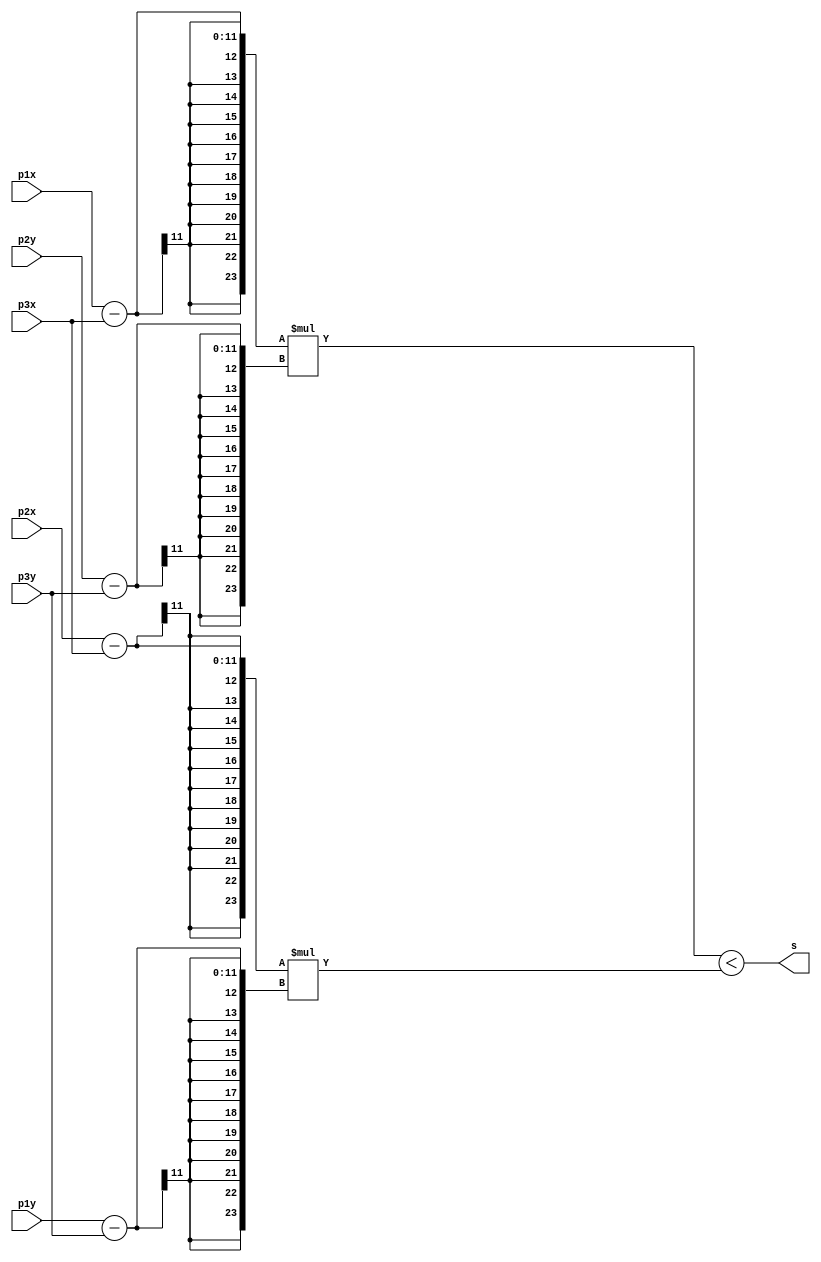
module sign(
	input [10:0] p1x,
	input [10:0] p1y,
	input [10:0] p2x,
	input [10:0] p2y,
	input [10:0] p3x,
	input [10:0] p3y,
	output s
);

	wire signed [23:0] mult1;
	wire signed [23:0] mult2;

	assign mult1 = (p1x - p3x) * (p2y - p3y);
	assign mult2 = (p2x - p3x) * (p1y - p3y);

	assign s = mult1 < mult2;

endmodule


module dentroTriang(
	input [10:0] ptx,
	input [10:0] pty,
	input [10:0] p1x,
	input [10:0] p1y,
	input [10:0] p2x,
	input [10:0] p2y,
	input [10:0] p3x,
	input [10:0] p3y,
	output s
);

	wire teste1, teste2, teste3;

	sign T1(ptx, pty, p1x, p1y, p2x, p2y, teste1);
	sign T2(ptx, pty, p2x, p2y, p3x, p3y, teste2);
	sign T3(ptx, pty, p3x, p3y, p1x, p1y, teste3);

	assign s = teste1 == teste2 & teste2 == teste3;

endmodule


module romTriang(
	input [3:0] endereco,
	output [65:0] triangulo,
	output [3:0] qtde
);

reg [65:0] info;
assign triangulo = info;

assign qtde = 4'd2;

always @(endereco) begin
	case (endereco)
		4'd0: info <= {11'd10, 11'd10, 11'd200, 11'd100, 11'd300, 11'd300};
		4'd1: info <= {11'd800, 11'd600, 11'd800, 11'd300, 11'd400, 11'd600};
		default: info <= 65'bZ;
	endcase
end

endmodule


module verPonto(
	input clk,
	input [10:0] x,
	input [10:0] y,
	output pronto,
//	output valido,
	output cor
);

reg p;
// reg v;
reg c;

wire [10:0] p1x;
wire [10:0] p1y;
wire [10:0] p2x;
wire [10:0] p2y;
wire [10:0] p3x;
wire [10:0] p3y;
wire s;

wire [3:0] qtde;
wire [65:0] triangulo;
reg [3:0] endereco;

assign pronto = p;
// assign valido = v;
assign cor = c;

assign p1x = triangulo[10:0];
assign p1y = triangulo[21:11];
assign p2x = triangulo[32:22];
assign p2y = triangulo[43:33];
assign p3x = triangulo[54:44];
assign p3y = triangulo[65:55];

initial begin
	p <= 1'b0; // pronto
	// v <= 1'b0; // valido
	c <= 1'b0; // cor
	endereco <= 4'd0;
end

romTriang MEM0(endereco, triangulo, qtde);
dentroTriang DT0(x, y, p1x, p1y, p2x, p2y, p3x, p3y, s);

always @(x or y) begin
	p <= 1'b0; // pronto
	// v <= 1'b0; // valido
	c <= 1'b0; // cor
	endereco <= 4'd0;
end

always @(posedge clk) begin
	if (endereco < qtde && c == 1'b0) begin
		if (s) begin
			c <= 1'b1;
		end
		endereco <= endereco + 4'd1;
	end else begin
		p <= 1'b1;
	end
end

endmodule

module teste;
	reg signed [10:0] ponto_x;
	reg signed [10:0] ponto_y;
	reg clock;
	wire ok;
	wire P_B;

	always #2 clock <= ~clock;

	verPonto VP1(clock, ponto_x, ponto_y, ok, P_B);

	initial begin
		$dumpvars(0, VP1);
		#1;
		clock = 1'b0;
		// teste ponto 01
		// saida tem que retornar 0
		#20;
		ponto_x <= 11'd475; // 475
		ponto_y <= 11'd450; // 450
		#40;
		// teste ponto 02
		// saida tem que retornar 1
		ponto_x <= 11'd585; // 585
		ponto_y <= 11'd470; // 470
		#100;
		$finish;
	end

endmodule